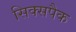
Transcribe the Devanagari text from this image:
सिक्सपैक